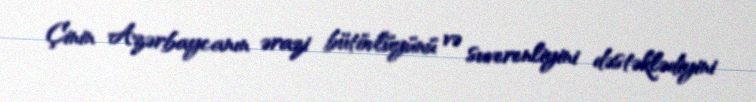
Çinin Azərbaycanın ərazi bütövlüyünü və suverenliyini dəstəklədiyini